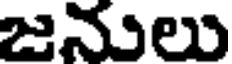
జనులు